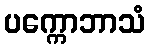
ပက္ကောဘာသံ